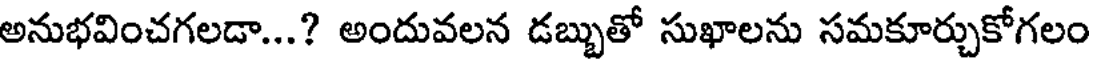
అనుభవించగలడా...? అందువలన డబ్బుతో సుఖాలను సమకూర్చుకోగలం